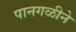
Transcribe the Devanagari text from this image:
पानगळीने